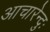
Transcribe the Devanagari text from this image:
आचारेन्दुः